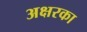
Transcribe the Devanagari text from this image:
अक्षरका